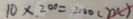
1 0 \times 2 0 0 = 2 0 0 0 ( m )